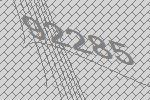
92285